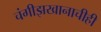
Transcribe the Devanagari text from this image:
चंगीझखानाचीही